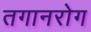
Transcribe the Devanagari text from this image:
तगानरोग